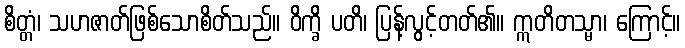
စိတ္တံ၊ သဟဇာတ်ဖြစ်သောစိတ်သည်။ ဝိက္ခိ ပတိ၊ ပြန့်လွင့်တတ်၏။ ဣတိတသ္မာ၊ ကြောင့်။